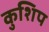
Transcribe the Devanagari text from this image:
कुशिप